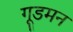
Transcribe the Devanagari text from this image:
गूडमन